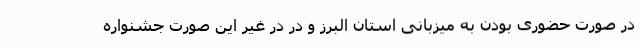
در صورت حضوری بودن به میزبانی استان البرز و در در غیر این صورت جشنواره